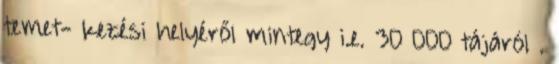
temet- kezési helyéről mintegy i.e. 30 000 tájáról .